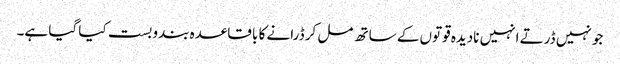
جو نہیں ڈرتے انہیں نادیدہ قوتوں کے ساتھ مل کر ڈرانے کا با قاعدہ بندوبست کیا گیا ہے۔